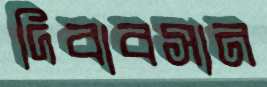
দিবাবসান